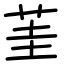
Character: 茥